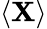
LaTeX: \left\langle\mathbf{X}\right\rangle